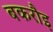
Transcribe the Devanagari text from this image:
बकरौइ